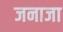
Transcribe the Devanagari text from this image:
जनाजा